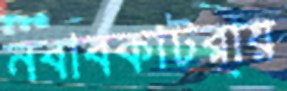
নবাবকাটরায়